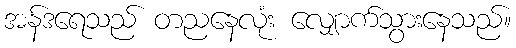
အန်ဒရေသည် တညနေလုံး လျှောက်သွားနေသည်။